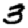
Digit: 3